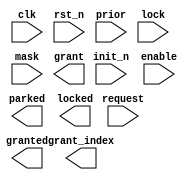
////////////////////////////////////////////////////////////////////////////////
//
//       This confidential and proprietary software may be used only
//     as authorized by a licensing agreement from Synopsys Inc.
//     In the event of publication, the following notice is applicable:
//
//                    (C) COPYRIGHT 2000 - 2023 SYNOPSYS INC.
//                           ALL RIGHTS RESERVED
//
//       The entire notice above must be reproduced on all authorized
//     copies.
//
//
// VERSION:   Verilog Simulation Architecture
//
// DesignWare_version: 6fc35ec8
// DesignWare_release: U-2022.12-DWBB_202212.5
//
////////////////////////////////////////////////////////////////////////////////
//
// ABSTRACT:  Arbiter with dynamic priority scheme
//   
// MODIFIED:
//           01/02/02  RPH      Added output_mode and fixed the X-processing
//           02/12/03  RJK	Updated for width mismatches (STAR 162032)
//           10/13/10  RJK      Corrected "lock while in park state" issue
//           12/15/10  RJK	Updated reset state to be consistant with
//				  normal idle/parked operation
//	     09/17/13  RJK      Updated synchronous reset (init_n) operation
//                                (STAR 9000668457)
//
//----------------------------------------------------------------------------- 

module DW_arb_dp (clk, rst_n, init_n, enable, request, prior, lock, mask, 
                      parked, granted, locked, grant, grant_index);

  parameter integer n          = 4; 
  parameter integer park_mode  = 1;
  parameter integer park_index = 0;
  parameter integer output_mode = 1;

  `define DW_index_width ((n>16)?((n>64)?((n>128)?8:7):((n>32)?6:5)):((n>4)?((n>8)?4:3):((n>2)?2:1)))

  input  clk, rst_n, init_n;
  input  enable;	 // active high register enable
  input  [n-1 : 0] request, lock, mask;
  input  [`DW_index_width*n-1 : 0] prior;
  output parked, granted, locked;
  output [n-1 : 0] grant;
  output [`DW_index_width-1 : 0] grant_index;

  wire clk, rst_n;
  wire [n-1 : 0] request, lock, mask;
  wire [`DW_index_width*n-1 : 0] prio;
  wire  parked, granted, locked;
  wire [n-1 : 0] grant;
  wire [`DW_index_width-1 : 0] grant_index;

  integer grant_index_int, grant_index_next;
  reg     parked_next, granted_next, locked_next;
  reg 	  parked_int, granted_int, locked_int;

  // synopsys translate_off

  //---------------------------------------------------------------------------
  // Behavioral model
  //---------------------------------------------------------------------------
  assign prio = prior;
  always @(grant_index_int or granted_int or request or lock or mask or prio)
  begin : arbitrate
    reg [n-1 : 0] request_masked_v;
    reg parked_v, granted_v, locked_v;
    reg request_x, lock_x, mask_x, priority_x;
    reg [`DW_index_width*n-1 : 0] priority_tmp;
    integer priority_v[n-1 : 0];
    integer grant_index_v;
    integer i;

    request_x  = ^request;
    lock_x     = ^lock;
    mask_x     = ^mask;
    priority_x = ^prio;

      grant_index_v = -1;
      parked_v      = 1'b0;
      granted_v     = 1'b0;
      locked_v      = 1'b0;
      priority_tmp = prio;
      for (i = 0; i < n; i = i+1) begin
        priority_v[i] = priority_tmp[`DW_index_width-1 : 0];
        priority_tmp  = priority_tmp >> `DW_index_width;
      end
      request_masked_v = request & ~mask;
		if ((grant_index_int < -1) && (lock !== {n{1'b0}})) begin
			  grant_index_v = -2;
			  locked_v      = 1'bx;
			  granted_v     = 1'bx;
		end
		else if ((grant_index_int >= 0) &&
			((granted_int & lock[grant_index_int]) !== 1'b0)) begin
		   if ((granted_int & lock[grant_index_int]) === 1'b1) begin
			  grant_index_v = grant_index_int;
			  locked_v      = 1'b1;
			  granted_v     = 1'b1;
			  //if (granted_int === 1'b0) update_priorities_v = 1;
		   end
		   else begin
			  grant_index_v = -2;
			  locked_v      = 1'bx;
			  granted_v     = 1'bx;
			  parked_v      = 1'b0;
		   end 
		end 
		else if (request_masked_v !== {n{1'b0}}) begin
		   if (request_x === 1'bx || priority_x === 1'bx ) begin
			  grant_index_v = -2;
			  granted_v = 1'bx;
			  parked_v      = 1'bx;
		   end 
		   else begin		   
			  for (i = 0; i < n; i = i+1) begin
				 if (request_masked_v[i] === 1'b1) begin
					if ((grant_index_v < 0) || (priority_v[i] < priority_v[grant_index_v])) begin
					   grant_index_v = i;
					end
				 end
			  end
			  granted_v = 1'b1;
		   end // else: !if(request_x === 1'bx || priority_x === 1'bx )
		end // if (request_masked_v !== {n{1'b0}})
		else if (park_mode == 1) begin
           grant_index_v = park_index;
           parked_v      = 1'b1;
		end
		else begin
           grant_index_v = -1;
		end 
    grant_index_next = grant_index_v;
    parked_next      = parked_v;
    granted_next     = granted_v;
    locked_next      = locked_v;
  end // block: arbitrate
   

  always @(posedge clk or negedge rst_n)
  begin : register
    if (rst_n === 1'b0) begin
       grant_index_int     <= (park_mode==1)? park_index : -1;
       parked_int          <= (park_mode==1)? 1'b1 : 1'b0;
       granted_int         <= 1'b0;
       locked_int          <= 1'b0;
    end else if (rst_n === 1'b1) begin 
      if (init_n === 1'b0) begin
        grant_index_int     <= (park_mode==1)? park_index : -1;
        parked_int          <= (park_mode==1)? 1'b1 : 1'b0;
        granted_int         <= 1'b0;
        locked_int          <= 1'b0;
      end else if (init_n === 1'b1) begin
        if(enable) begin
          grant_index_int     <= grant_index_next;
          parked_int          <= parked_next;
          granted_int         <= granted_next;
          locked_int          <= locked_next;
        end
      end else begin
        grant_index_int     <= -2;
        parked_int          <= 1'bx;
        granted_int         <= 1'bx;
        locked_int          <= 1'bx;
      end
    end else begin
      grant_index_int     <= -2;
      parked_int          <= 1'bx;
      granted_int         <= 1'bx;
      locked_int          <= 1'bx;
    end
  end // register

  assign grant = ((output_mode==0) && (park_mode==0) && (init_n==1'b0))? {n{1'b0}} :
                 ((output_mode==0) && (park_mode==1) && (init_n==1'b0))? 1'b1 << park_index :
                 (grant_index_int == -2)? {n{1'bx}} :
		 (grant_index_next == -1 && output_mode == 0) ? {n{1'b0}} :
		 (output_mode == 0 ) ? 1'b1 << grant_index_next :
                 1'b1 << grant_index_int;
   assign grant_index = ((output_mode==0) && (park_mode==0) && (init_n==1'b0))? {`DW_index_width{1'b1}} :
                       ((output_mode==0) && (park_mode==1) && (init_n==1'b0))? park_index :
                       (grant_index_int == -2)? {`DW_index_width{1'bx}} :
                       (grant_index_int == -1 && output_mode == 1) ? {`DW_index_width{1'b1}} :
	               (grant_index_next == -1 && output_mode == 0) ? {`DW_index_width{1'b1}} :
                       (output_mode == 0) ? grant_index_next[`DW_index_width-1:0] :
                       grant_index_int[`DW_index_width-1:0];
  assign granted = ((output_mode==0) && (init_n==1'b0))? 1'b0 :
                   output_mode == 0 ? granted_next : 
	           granted_int;
   
  assign parked = ((output_mode==0) && (park_mode==0) && (init_n==1'b0))? 1'b0 :
                  ((output_mode==0) && (park_mode==1) && (init_n==1'b0))? 1'b1 :
                   output_mode == 0 ? parked_next : 
	           parked_int;
  assign locked = ((output_mode==0) && (init_n==1'b0))? 1'b0 :
                  output_mode == 0 ? locked_next : 
	          locked_int;


  //---------------------------------------------------------------------------
  // Parameter legality check and initializations
  //---------------------------------------------------------------------------
  
 
  initial begin : parameter_check
    integer param_err_flg;

    param_err_flg = 0;
    
    
    if ( (n < 1) || (n > 32) ) begin
      param_err_flg = 1;
      $display(
	"ERROR: %m :\n  Invalid value (%d) for parameter n (legal range: 1 to 32)",
	n );
    end
    
    if ( (park_mode < 0) || (park_mode > 1) ) begin
      param_err_flg = 1;
      $display(
	"ERROR: %m :\n  Invalid value (%d) for parameter park_mode (legal range: 0 to 1)",
	park_mode );
    end
    
    if ( (park_index < 0) || (park_index > 31) ) begin
      param_err_flg = 1;
      $display(
	"ERROR: %m :\n  Invalid value (%d) for parameter park_index (legal range: 0 to 31)",
	park_index );
    end
  
    if ( param_err_flg == 1) begin
      $display(
        "%m :\n  Simulation aborted due to invalid parameter value(s)");
      $finish;
    end

  end // parameter_check 



  //---------------------------------------------------------------------------
  // Report unknown clock inputs
  //---------------------------------------------------------------------------
  
`ifndef DW_DISABLE_CLK_MONITOR
`ifndef DW_SUPPRESS_WARN
  always @ (clk) begin : clk_monitor 
    if ( (clk !== 1'b0) && (clk !== 1'b1) && ($time > 0) )
      $display ("WARNING: %m:\n at time = %0t: Detected unknown value, %b, on clk input.", $time, clk);
    end // clk_monitor 
`endif
`endif
    
  // synopsys translate_on

  `undef DW_index_width 
endmodule

//-----------------------------------------------------------------------------